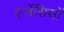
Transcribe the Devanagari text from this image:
एजेंसिसों